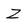
Character: Z